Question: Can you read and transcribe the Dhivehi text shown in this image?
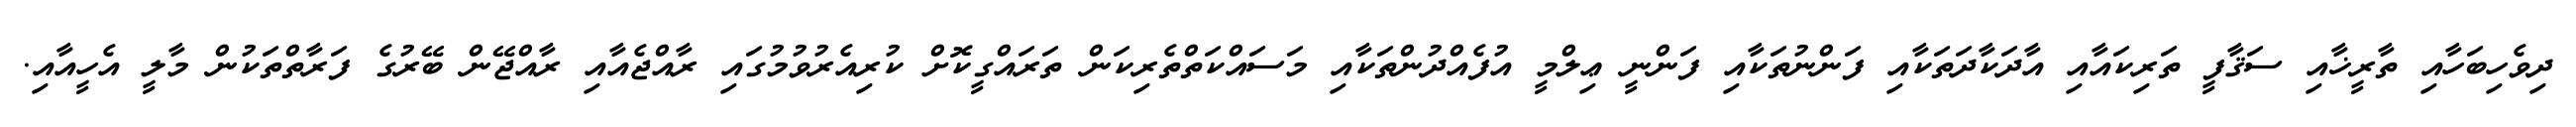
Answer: ދިވެހިބަހާއި ތާރީޚާއި ސަޤާފީ ތަރިކައާއި އާދަކާދަތަކާއި ފަންނުތަކާއި ފަންނީ ޢިލްމީ އުފެއްދުންތަކާއި މަސައްކަތްތެރިކަން ތަރައްގީކޮށް ކުރިއެރުވުމުގައި ރާއްޖެއާއި ރާއްޖޭން ބޭރުގެ ފަރާތްތަކުން މާލީ އެހީއާއި.